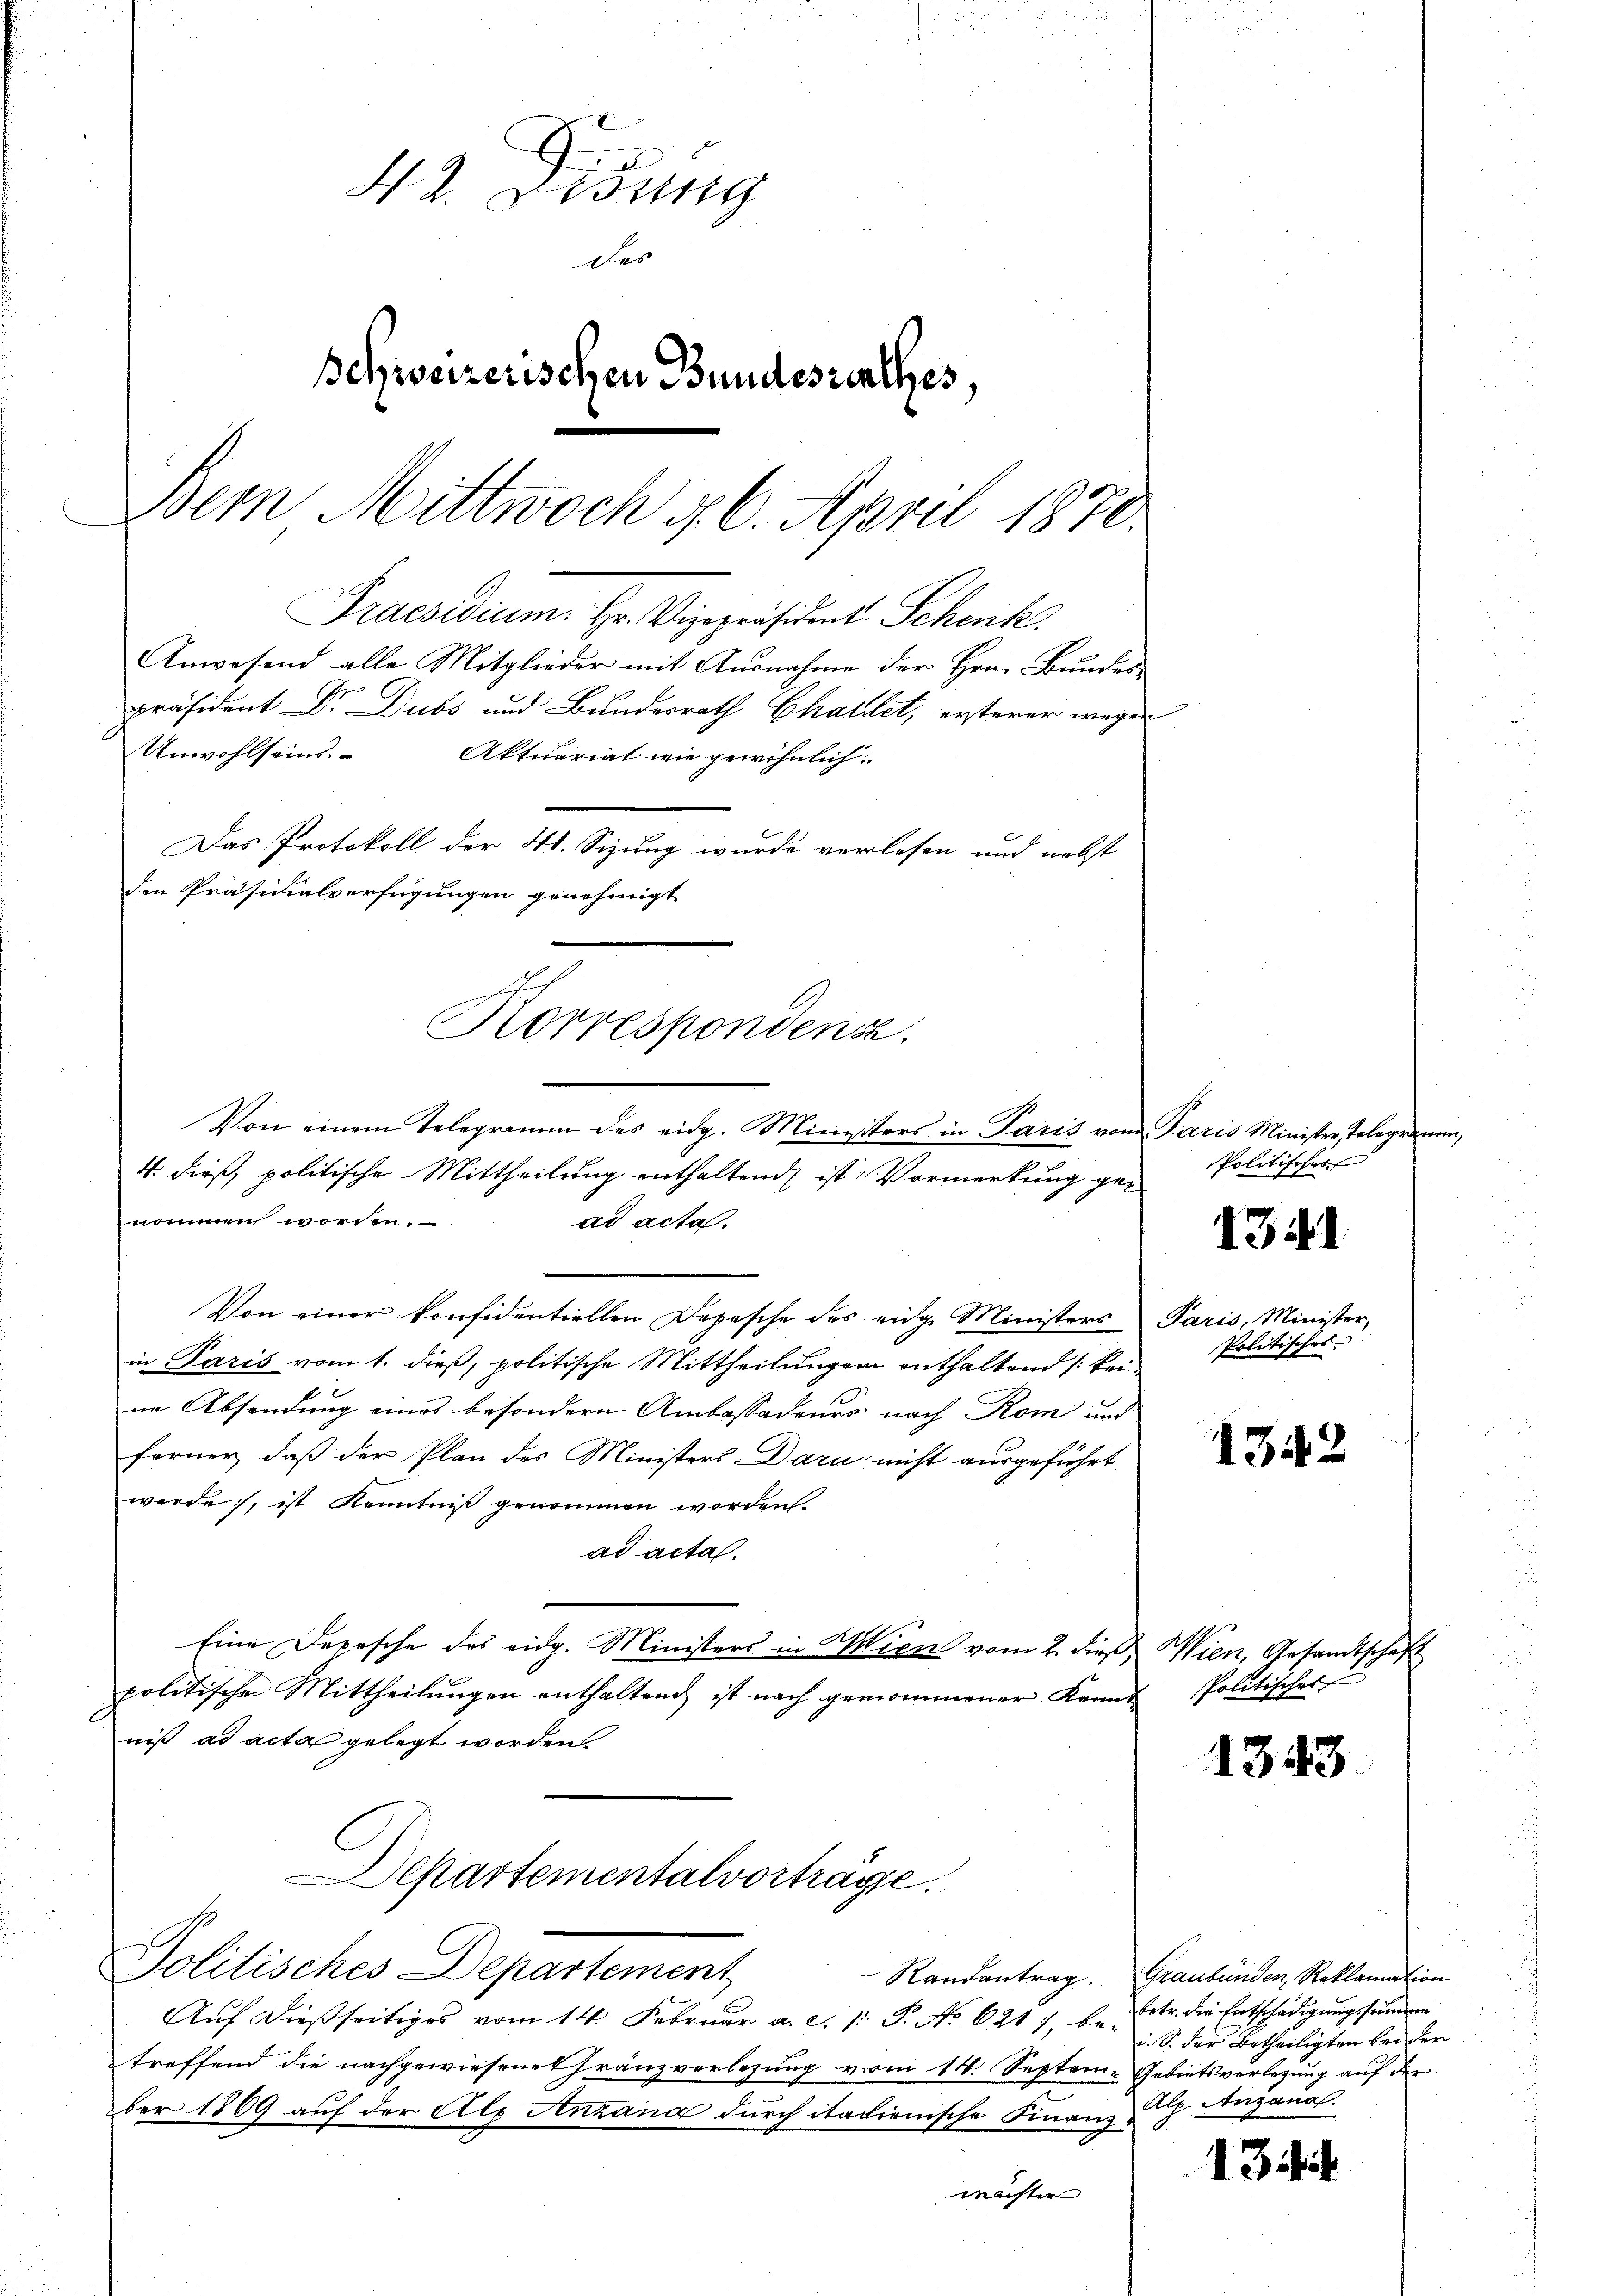
Z. g
Des
Schweizerischen Bundesrathes,
Bern Mittwoch 4. 6. April 1870.
Praesidium. Hr. Vizepräsident Schenk
Anwesend alle Mitglieder mit Ausnahme der Hrn. Bunder
präsident Dr. Dubs und Bundesrath Challet, ersterer wegen
Unwohlseid.
Aktuariat wie gewöhnlich
Das Protokoll der 4t. Sizung wurde verlesen und nebst
den Präsidialverfügungen genehmigt
Korrespondense.

4. dieß, politische Mittheilung enthaltend ist Vormerkung genommen worden.
ad acta.
Von einer konfidentiellen Depesche des eidg. Ministers Paris, Minister,
in Paris vom 1. dieß, politische Mittheilungen enthaltend /: beine Absendung eines besondern Ambassadeurs nach Rom und
ferner, daß der Plan des Ministers Dari nicht ausgeführt
werde, ist Kenntniß genommen worden.
ad acta.
Eine Depesche des eidg. Ministers in Wien vom 2. dieβ Wien, Gesandtschaft
politische Mittheilŭngen enthaltend ist nach genommener Kannt Politischer
niß ad acta gelegt worden
Departementalvorträge.
Politisches Departement
Auf dießseitiges vom 14. Februar a. c. 1: P. No 621 7, betr. die Entschädigungssummen
treffend die nachgewiesenes Franzverlegung vom 14. Septem- Gebietsverlegung auf der
ber 1869 auf der Ale Anzang durch italienische Finanz-
machter

Von einem Telegramm des eidg. Ministers in Paris vom Paris Minister, Telegramm

Politisches |

1341

Politisches |

1342

1343

Randantrag. Graubünden, Reklamation
i. S. der Betheiligten bei der
Alp Anzanal.

134